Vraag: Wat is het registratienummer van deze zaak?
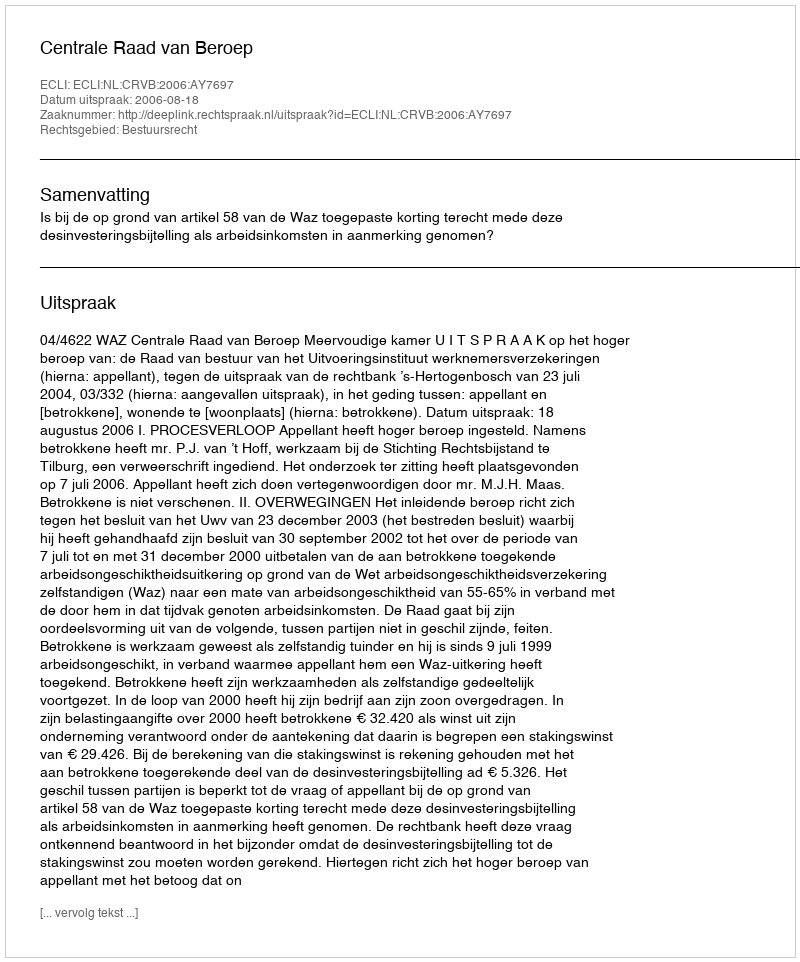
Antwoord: http://deeplink.rechtspraak.nl/uitspraak?id=ECLI:NL:CRVB:2006:AY7697